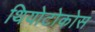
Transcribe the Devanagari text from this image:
थियोटोकोस